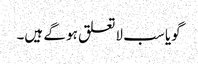
گویا سب لاتعلق ہو گے ہیں۔